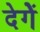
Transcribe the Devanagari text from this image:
देगेें